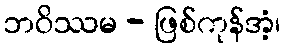
ဘဝိဿမ - ဖြစ်ကုန်အံ့၊